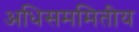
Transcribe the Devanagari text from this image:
अधिसममितीय